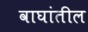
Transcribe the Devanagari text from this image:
वाघांतील